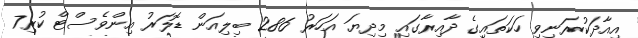
އިއާދަކުރަނިވި ހަކަތައިގެ ދާއިރާގައި މިދިޔަ އަހަރު 286 ބިލިއަން ޑޮލަރު އިންވެސްޓް ކުރި7